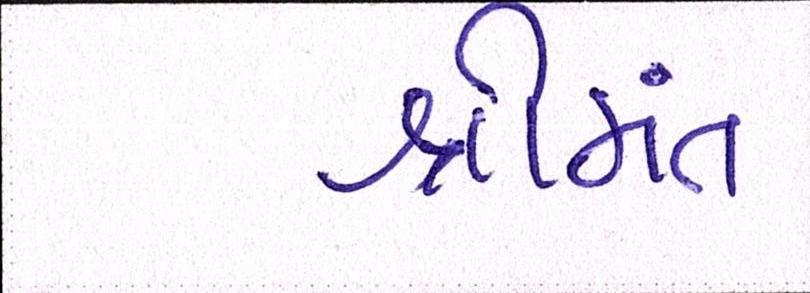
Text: શ્રીમંત